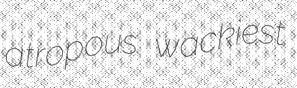
atropous wackiest